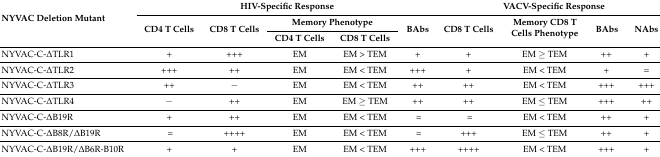
<table><thead><tr><td rowspan="3"><b>NYVAC Deletion Mutant</b></td><td colspan="5"><b>HIV-Specific Response</b></td><td colspan="4"><b>VACV-Specific Response</b></td></tr><tr><td rowspan="2"><b>CD4 T Cells</b></td><td rowspan="2"><b>CD8 T Cells</b></td><td colspan="2"><b>Memory Phenotype</b></td><td rowspan="2"><b>BAbs</b></td><td rowspan="2"><b>CD8 T Cells</b></td><td rowspan="2"><b>Memory CD8 T Cells Phenotype</b></td><td rowspan="2"><b>BAbs</b></td><td rowspan="2"><b>NAbs</b></td></tr><tr><td><b>CD4 T Cells</b></td><td><b>CD8 T Cells</b></td></tr></thead><tbody><tr><td>NYVAC-C-∆TLR1</td><td>+</td><td>+++</td><td>EM</td><td>EM &gt; TEM</td><td>+</td><td>+</td><td>EM ≥ TEM</td><td>++</td><td>+</td></tr><tr><td>NYVAC-C-∆TLR2</td><td>+++</td><td>++</td><td>EM</td><td>EM &lt; TEM</td><td>+++</td><td>+</td><td>EM &lt; TEM</td><td>+</td><td>=</td></tr><tr><td>NYVAC-C-∆TLR3</td><td>++</td><td>−</td><td>EM</td><td>EM &lt; TEM</td><td>++</td><td>++</td><td>EM &lt; TEM</td><td>+++</td><td>+++</td></tr><tr><td>NYVAC-C-∆TLR4</td><td>−</td><td>++</td><td>EM</td><td>EM ≥ TEM</td><td>++</td><td>++</td><td>EM ≤ TEM</td><td>+++</td><td>++</td></tr><tr><td>NYVAC-C-∆B19R</td><td>+</td><td>++</td><td>EM</td><td>EM &lt; TEM</td><td>=</td><td>=</td><td>EM &lt; TEM</td><td>++</td><td>+</td></tr><tr><td>NYVAC-C-∆B8R/∆B19R</td><td>=</td><td>++++</td><td>EM</td><td>EM &lt; TEM</td><td>=</td><td>+++</td><td>EM ≤ TEM</td><td>++</td><td>+</td></tr><tr><td>NYVAC-C-∆B19R/∆B6R-B10R</td><td>+</td><td>+</td><td>EM</td><td>EM &lt; TEM</td><td>+++</td><td>++++</td><td>EM &lt; TEM</td><td>+++</td><td>+</td></tr></tbody></table>